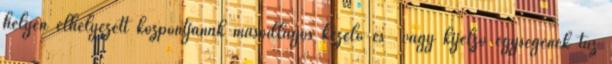
helyen elhelyezett központjának másodlagos kezelõ és vagy kijelzõ egységének tûz